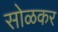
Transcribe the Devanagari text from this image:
सोळकर